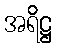
အရိဋ္ဌ